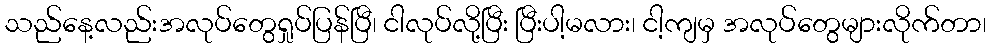
သည်နေ့လည်းအလုပ်တွေရှုပ်ပြန်ပြီ၊ ငါလုပ်လို့ပြီး ပြီးပါ့မလား၊ ငါ့ကျမှ အလုပ်တွေများလိုက်တာ၊